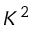
K ^ { 2 }